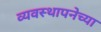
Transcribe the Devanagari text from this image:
व्यवस्थापनेच्या